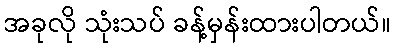
အခုလို သုံးသပ် ခန့်မှန်းထားပါတယ်။